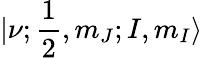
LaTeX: |\nu;\frac{1}{2},m_{J};I,m_{I}\rangle